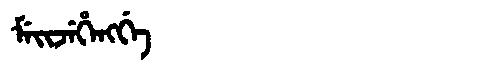
Manchu: ᠮᡝᡳᠵᡝᡥᡝᠩᡤᡝ
Romanization: MEIJEHENGGE